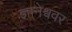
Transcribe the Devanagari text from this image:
ज्ञानेश्ववर